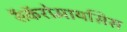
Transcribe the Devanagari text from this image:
सॅकॅरोमायसिस